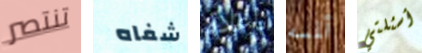
تنتصر شفاه بإعادة ألمسه أسئلتي